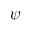
\psi